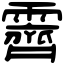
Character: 霽